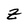
Character: z